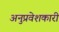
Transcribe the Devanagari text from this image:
अनुप्रवेशकारी